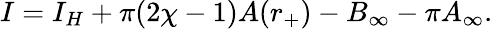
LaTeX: I=I_{H}+\pi(2\chi-1)A(r_{+})-B_{\infty}-\pi A_{\infty}.